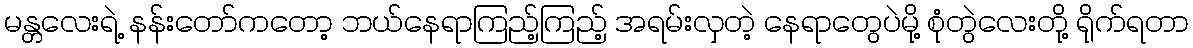
မန္တလေးရဲ့ နန်းတော်ကတော့ ဘယ်နေရာကြည့်ကြည့် အရမ်းလှတဲ့ နေရာတွေပဲမို့ စုံတွဲလေးတို့ ရိုက်ရတာ